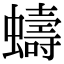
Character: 𫋤